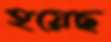
হয়েছ